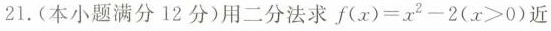
21.(本小题满分12分)用二分法求 $$f ( x )=x^{ 2 }-2 ( x > 0 )$$近